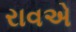
રાવએ